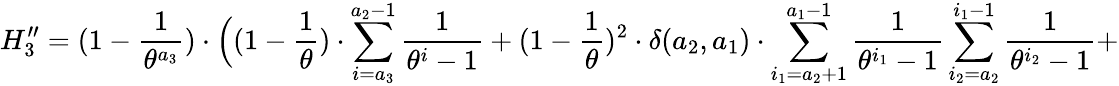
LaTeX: H_{3}^{\prime\prime}=(1-\frac{1}{\theta^{a_{3}}})\cdot\Big((1-\frac{1}{\theta})\cdot\sum_{i=a_{3}}^{a_{2}-1}\frac{1}{\theta^{i}-1}+(1-\frac{1}{\theta})^{2}\cdot\delta(a_{2},a_{1})\cdot\sum_{i_{1}=a_{2}+1}^{a_{1}-1}\frac{1}{\theta^{i_{1}}-1}\sum_{i_{2}=a_{2}}^{i_{1}-1}\frac{1}{\theta^{i_{2}}-1}+